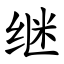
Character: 继